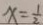
x = \frac { 1 } { 2 }